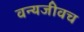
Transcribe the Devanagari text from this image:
वन्यजीवच